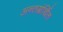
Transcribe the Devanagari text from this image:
अन्‍तग्रंर्थित